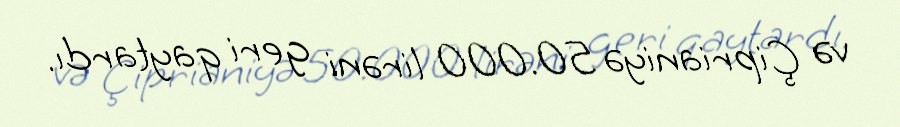
və Çiprianiyə 50.000 lirəni geri qaytardı.